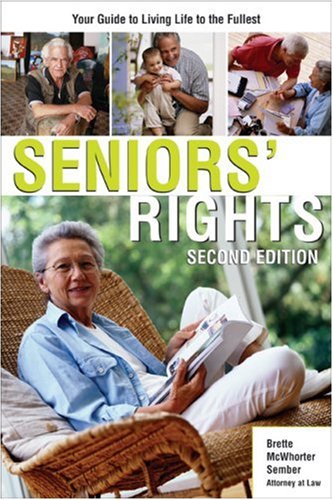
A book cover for Seniors' Rights: Your Guide to Living Life to the Fullest; Brette McWhorter Sember; Law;